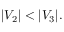
| V _ { 2 } | < | V _ { 3 } | .